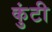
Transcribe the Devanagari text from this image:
कुंटी